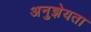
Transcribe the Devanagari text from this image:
अनुज्ञेयता